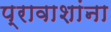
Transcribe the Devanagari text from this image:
प्रावाशांना